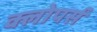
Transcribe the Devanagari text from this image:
क्लोपर्स